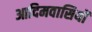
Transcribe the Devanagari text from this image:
आदिमवासियों